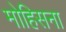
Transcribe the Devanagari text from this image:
मोहिसना